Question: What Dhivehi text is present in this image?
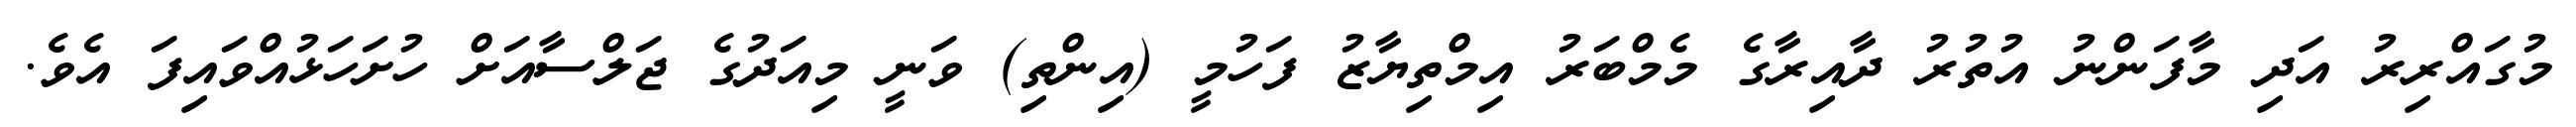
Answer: މުގައްރިރު އަދި މާފަންނު އުތުރު ދާއިރާގެ މެމްބަރު އިމްތިޔާޒު ފަހުމީ (އިންތި) ވަނީ މިއަދުގެ ޖަލްސާއަށް ހުށަހަޅުއްވައިފަ އެވެ.